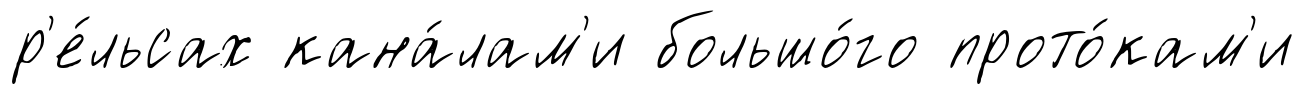
р'е́льсах кана́лам'и большо́го прото́кам'и